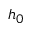
h _ { 0 }